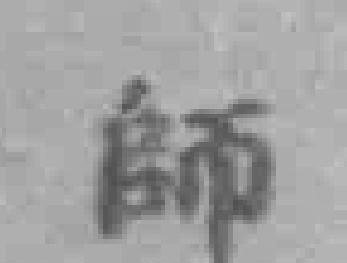
師